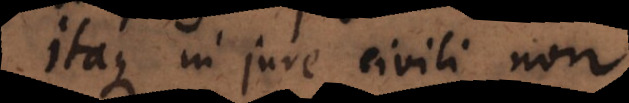
Itaque in jure civili